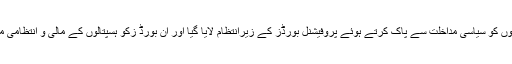
سب سے پہلے تو تمام بڑے ہسپتالوں کو سیاسی مداخلت سے پاک کرتے ہوئے پروفیشنل بورڈز کے زیرانتظام لایا گیا اور ان بورڈ زکو ہسپتالوں کے مالی و انتظامی معاملات میں مکمل آزادی دی گئی۔